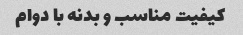
کیفیت مناسب و بدنه با دوام